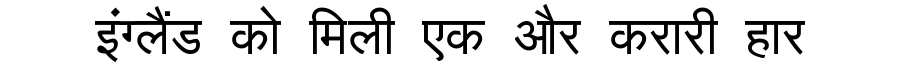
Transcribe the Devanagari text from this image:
इंग्लैंड को मिली एक और करारी हार